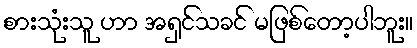
စားသုံးသူ ဟာ အရှင်သခင် မဖြစ်တော့ပါဘူး။